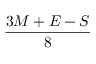
\frac { 3 M + E - S } { 8 }